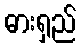
ဓားရှည်